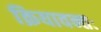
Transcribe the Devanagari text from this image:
क्रियावन्तः